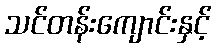
သင်တန်းကျောင်းနှင့်